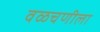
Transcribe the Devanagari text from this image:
वळचणीला